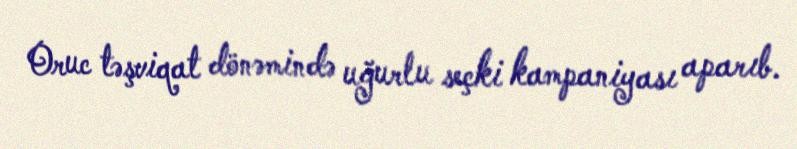
Oruc təşviqat dönəmində uğurlu seçki kampaniyası aparıb.